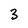
Character: 3